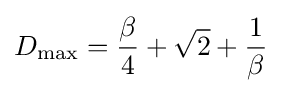
D_{\text{max}}={\frac {\beta }{4}}+{\sqrt {2}}+{\frac {1}{\beta }}